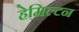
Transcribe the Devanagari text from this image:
हेमिल्‍टन